Civil Veterinary Dept. Bombay admin report 1932-41 - 1932-1941
Year: 1932
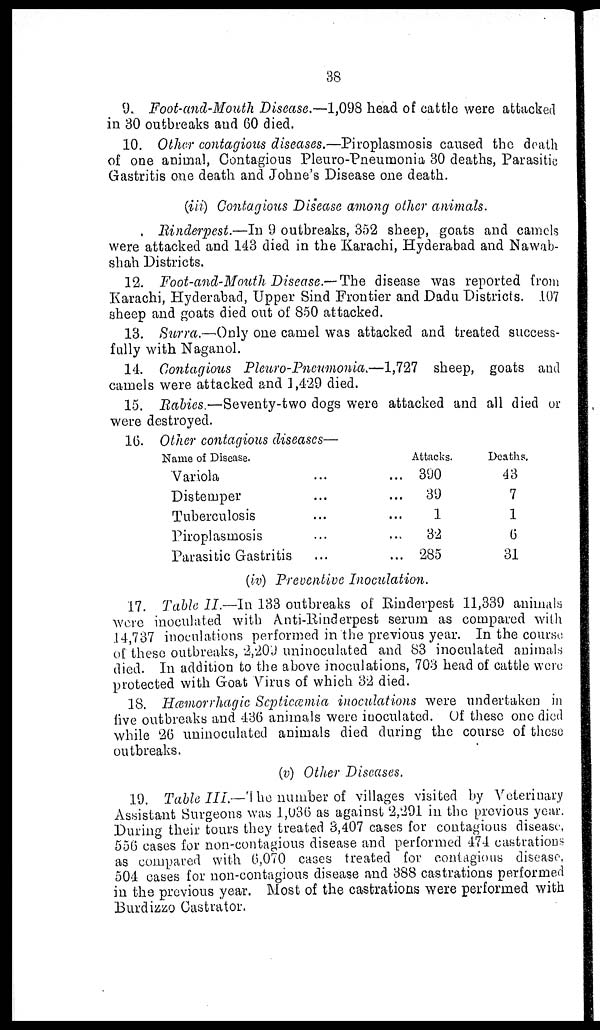
38
9. Foot-and-Mouth Disease.—1,098 head of cattle were attacked
in 30 outbreaks and 60 died.
10. Other contagious diseases.—Piroplasmosis caused the death
of one animal, Contagious Pleuro-Pneumonia 30 deaths, Parasitic
Gastritis one death and Johne's Disease one death.
(iii) Contagious Disease among other animals.
Rinderpest.—In 9 outbreaks, 352 sheep, goats and camels
were attacked and 143 died in the Karachi, Hyderabad and Nawab-
shah Districts.
12. Foot-and-Mouth Disease.—The disease was reported from
Karachi, Hyderabad, Upper Sind Frontier and Dadu Districts. 107
sheep and goats died out of 850 attacked.
13. Surra.—Only one camel was attacked and treated success-
fully with Naganol.
14. Contagious Pleuro-Pneumonia.—1,727 sheep, goats and
camels were attacked and 1,429 died.
15. Rabies.—Seventy-two dogs were attacked and all died or
were destroyed.
10. Other contagious diseases—
Name of Disease.
Variola
Distemper
Tuberculosis
Piroplasmosis
Parasitic Gastritis
...
...
...
...
...
...
...
...
...
...
Attacks.
390
39
1
32
285
Deaths.
43
7
1
6
31
(iv) Preventive Inoculation.
17. Table II.—In 133 outbreaks of Rinderpest 11,339 animals
were inoculated with Anti-Rinderpest serum as compared with
.14,737 inoculations performed in the previous year. In the course
of these outbreaks, 2,209 uninoculated and 83 inoculated animals
died. In addition to the above inoculations, 703 head of cattle were
protected with Goat Virus of which 32 died.
18. Hæmorrhagic Septicæmia inoculations were undertaken in
five outbreaks and 436 animals were inoculated. Of these one died
while 26 uninoculated animals died during the course of these
outbreaks.
(v) Other Diseases.
19. Table III.—The number of villages visited by Veterinary
Assistant Surgeons was 1,036 as against 2,291 in the previous year.
During their tours they treated 3,407 cases for contagious disease,
556 cases for non-contagious disease and performed 474 castrations
as compared with 6,070 cases treated for contagious disease,
504 cases for non-contagious disease and 388 castrations performed
in the previous year. Most of the castrations were performed with
Burdizzo Castrator.